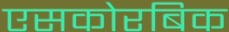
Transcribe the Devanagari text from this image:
एसकोरबिक